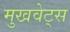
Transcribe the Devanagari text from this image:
मुखवेट्स